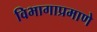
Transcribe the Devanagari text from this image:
विभागाप्रमाणे